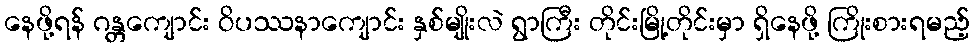
နေဖို့ရန် ဂန္တကျောင်း ဝိပဿနာကျောင်း နှစ်မျိုးလဲ ရွာကြီး တိုင်းမြို့တိုင်းမှာ ရှိနေဖို့ ကြိုးစားရမည့်